Distribution and causation of leprosy in British India
Year: 1875
Disease focus: Leprosy
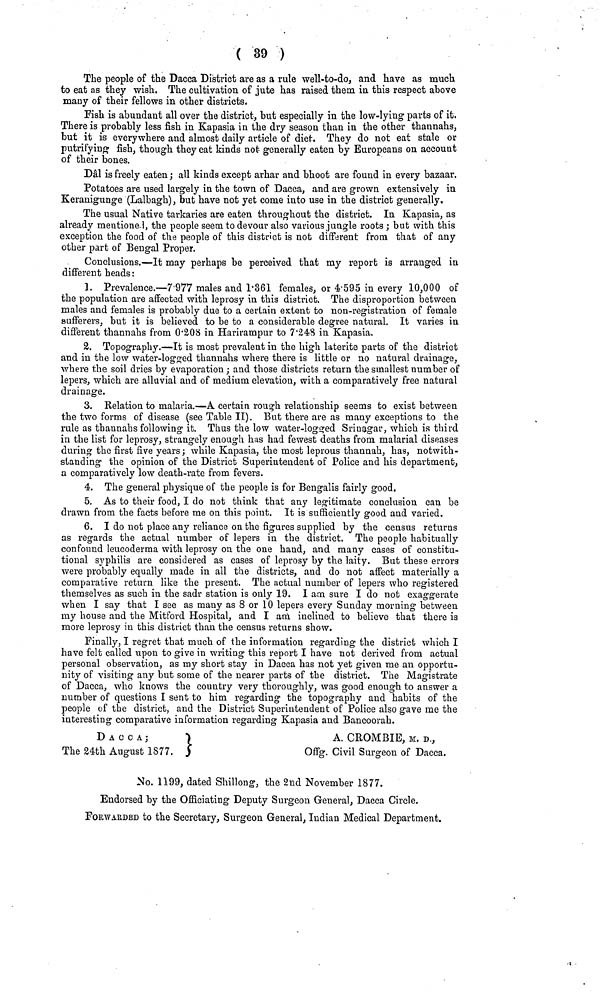
( 39 )
The people of the Dacca District are as a rule well-to-do, and have as much
to eat as they wish. The cultivation of jute has raised them in this respect above
many of their fellows in other districts.
Fish is abundant all over the district, but especially in the low-lying parts of it.
There is probably less fish in Kapasia in the dry season than in the other thannahs,
but it is everywhere and almost daily article of diet They do not eat stale or
putrifyiug fish, though they eat kinds not generally eaten by Europeans on account
of their bones.
Dal is freely eaten ; all kinds except arhar and bhoot are found in every bazaar.
Potatoes are used largely in the town of Dacca, and are grown extensively in
Keranigunge (Lalbagh), but have not yet come into use in the district generally.
The usual Native tarkaries are eaten throughout the district. In Kapasia, as
already mentione-1, the people seem, to devour also various jungle roots ; but with this
exception the food of the people of this district is not different from that of any
other part of Bengal Proper.
Conclusions.—It may perhaps be perceived that my report is arranged in
different heads :
1. Prevalence.—7·977 males and 1·361 females, or 4·595 in every 10,000 of
the population are affected with leprosy in this district. The disproportion between
males and females is probably due to a certain extent to non-registration of female
sufferers, but it is believed to be to a considerable degree natural. It varies in
different thannahs from 0·208 in Harirampur to 7·248 in Kapasia.
2. Topography.—It is most prevalent in the high latérite parts of the district
and in the low water-logged thannahs where there is little or no natural drainage,
where the soil dries by evaporation ; and those districts return the smallest number of
lepers, which are alluvial and of medium elevation, with a comparatively free natural
drainage.
3. Relation to malaria.—A certain rough relationship seems to exist between
the two forms of disease (see Table II). But there are as many exceptions to the
rule as tbannahs following it. Thus the low water-logged Srinagar, which is third
in the list for leprosy, strangely enough has had fewest deaths from malarial diseases
during the first five years; while Kapasia, the most leprous thannah, has, notwith-
standing the opinion of the District Superintendent of Police and his department,
a comparatively low death-rate from fevers.
4. The general physique of the people is for Bengalis fairly good.
5. As to their food, I do not think that any legitimate conclusion can be
drawn from the facts before me on this point. It is sufficiently good and varied.
6. I do not place any reliance on the figures supplied by the census returns
as regards the actual number of lepers in the district. The people habitually
confound leucoderma with leprosy on the one hand, and many cases of constitu-
tional syphilis are considered as cases of leprosy by the laity. But these errors
were probably equally made in all the districts, and do not affect materially a
comparative return like the present. The actual number of lepers who registered
themselves as such in the sadr station is only 19. I am sure I do not exaggerate
when I say that I see as many as 8 or 10 lepers every Sunday morning between
my house and the Mitford Hospital, and I am inclined to believe that there is
more leprosy in this district than the census returns show.
Finally, I regret that much of the information regarding the district which I
have felt called upon to give in writing this report I have not derived from actual
personal observation, as my short stay in Dacca has not yet given me an opportu-
nity of visiting any but some of the nearer parts of the district. The Magistrate
of Dacca, who knows the country very thoroughly, was good enough to answer a
number of questions I sent to him regarding the topography and habits of the
people of the district, and the District Superintendent of Police also gave me the
interesting comparative information regarding Kapasia and Bancoorah.
DACCA;
A. CROMBIE, M. D.,
The 24th August 1877.
Offg. Civil Surgeon of Dacca.
No. 1199, dated Shillong, the 2nd November 1877.
Endorsed by the Officiating Deputy Surgeon General, Dacca Circle.
FORWARDED to the Secretary, Surgeon General, Indian Medical Department.